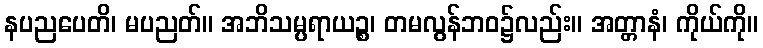
နပညပေတိ၊ မပညတ်။ အဘိသမ္ပရာယဉ္စ၊ တမလွန်ဘဝ၌လည်း။ အတ္တာနံ၊ ကိုယ်ကို။